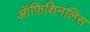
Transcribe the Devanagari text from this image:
ऑफ़िशिनलिस